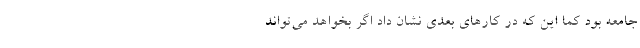
جامعه بود کما این که در کارهای بعدی نشان داد اگر بخواهد می‌تواند